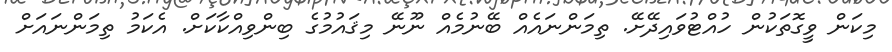
މިކަން ވީގޮތަކުން ހުއްޓުވައިދޭށޭ. ތިމަންނައެއް ބޭނުމެއް ނޫނޭ މިޤައުމުގެ ބިންވިއްކާކަށް. އެކަމު ތިމަންނައަށް